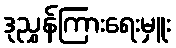
ဒုညွှန်ကြားရေးမှူး